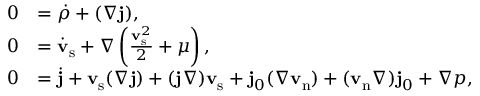
\begin{array} { r l } { 0 } & { = \dot { \rho } + ( \nabla \ensuremath { \mathbf { j } } ) , } \\ { 0 } & { = \ensuremath { \dot { \mathbf { v } } _ { \mathrm { s } } } + \nabla \left( \frac { \ensuremath { \mathbf { v } _ { \mathrm { s } } } ^ { 2 } } { 2 } + \mu \right) , } \\ { 0 } & { = \dot { \ensuremath { \mathbf { j } } } + \ensuremath { \mathbf { v } _ { \mathrm { s } } } ( \nabla \ensuremath { \mathbf { j } } ) + ( \ensuremath { \mathbf { j } } \nabla ) \ensuremath { \mathbf { v } _ { \mathrm { s } } } + \ensuremath { \mathbf { j } _ { 0 } } ( \nabla \ensuremath { \mathbf { v } _ { \mathrm { n } } } ) + ( \ensuremath { \mathbf { v } _ { \mathrm { n } } } \nabla ) \ensuremath { \mathbf { j } _ { 0 } } + \nabla p , } \end{array}